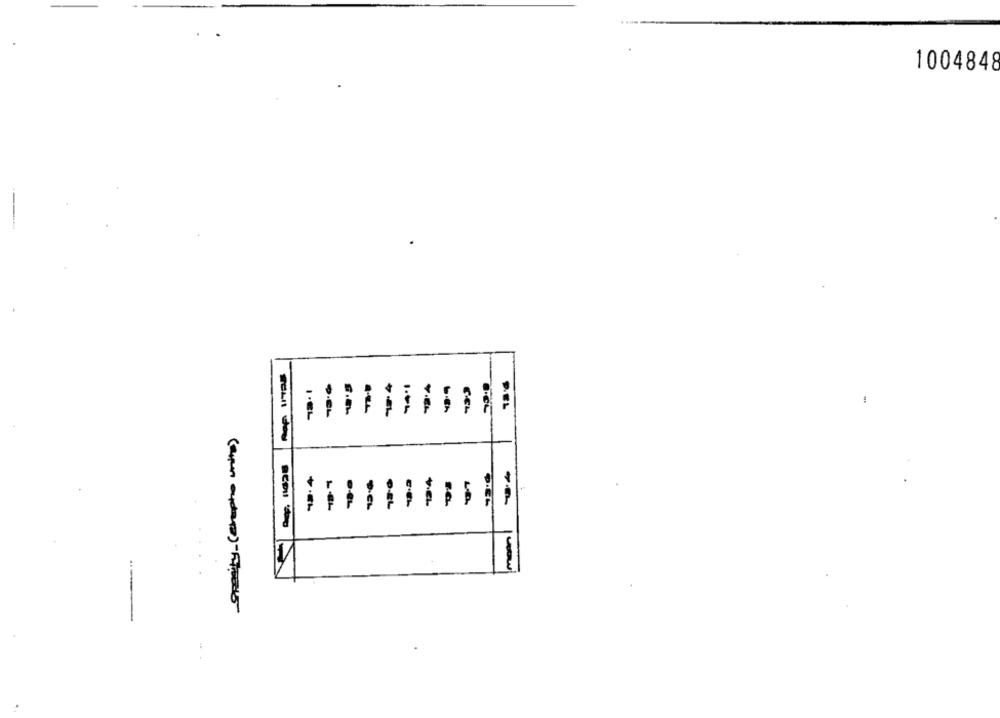
1004848
s.n.